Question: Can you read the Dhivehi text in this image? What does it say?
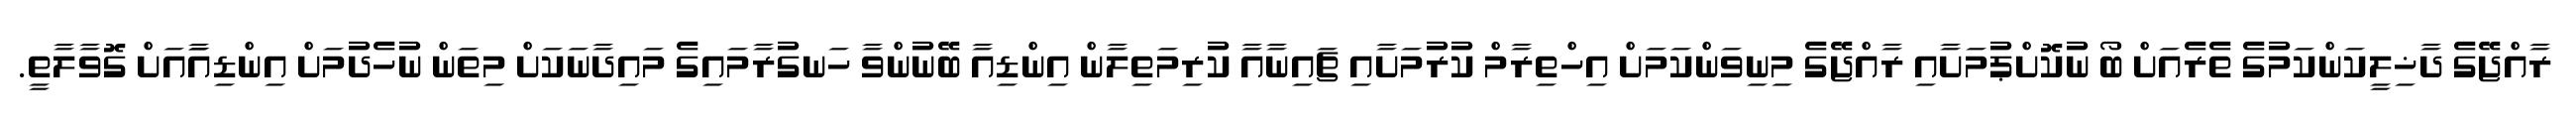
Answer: ރާއްޖޭގެ ދާޚިލީކަންކަމުގެ ތެރެއަށް ބޯ ނުކޮށްޕުމަށާއި ރާއްޖޭގެ މިނިވަންކަމަށް އިހްތިރާމް ކުރުމަށާއި ޗައިނާއާ ކުރިމަތިލާން އިންޑިއާ ބޭނުންވާ ހަނގުރާމައިގެ މައިދާނަކަށް މިތަން ނުހެދުމަށް އިންޑިއާައަށް ގޮވާލާތީ.